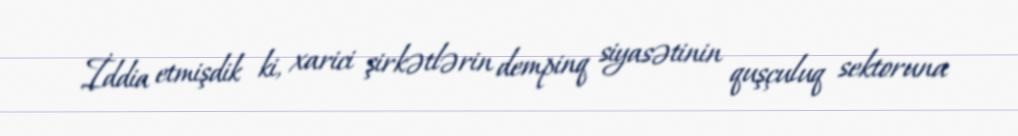
İddia etmişdik ki, xarici şirkətlərin dempinq siyasətinin quşçuluq sektoruna